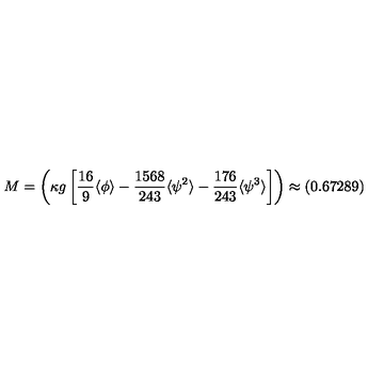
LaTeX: M = \left( \kappa g \left[ \frac { 1 6 } { 9 } \langle \phi \rangle - \frac { 1 5 6 8 } { 2 4 3 } \langle \psi ^ { 2 } \rangle - \frac { 1 7 6 } { 2 4 3 } \langle \psi ^ { 3 } \rangle \right] \right) \approx ( 0 . 6 7 2 8 9 )